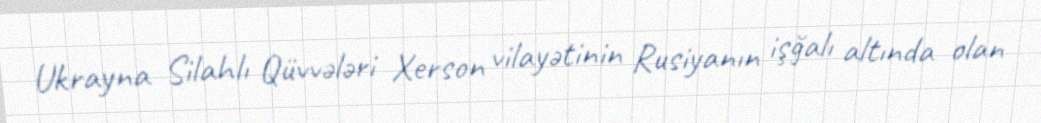
Ukrayna Silahlı Qüvvələri Xerson vilayətinin Rusiyanın işğalı altında olan